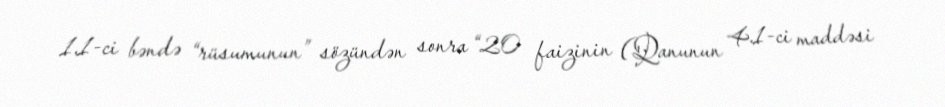
1.1-ci bəndə “rüsumunun” sözündən sonra “20 faizinin (Qanunun 4.1-ci maddəsi